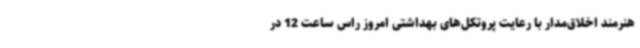
هنرمند اخلاق‌مدار با رعایت پروتکل‌های بهداشتی امروز راس ساعت 12 در